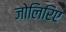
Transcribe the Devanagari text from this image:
जोलिरिए